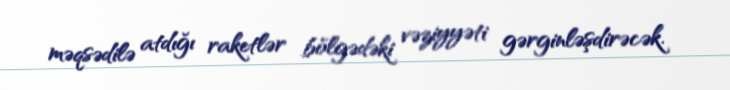
məqsədilə atdığı raketlər bölgədəki vəziyyəti gərginləşdirəcək.